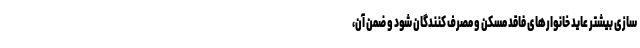
سازی بیشتر عاید خانوارهای فاقد مسکن و مصرف کنندگان شود و ضمن آن،